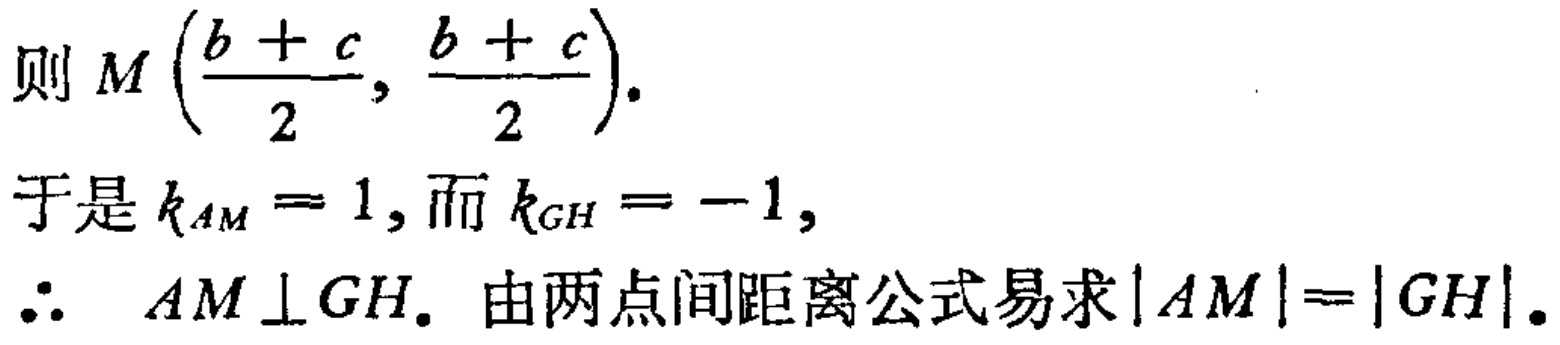
则 \(M \left(\frac{b + c}{2}, \frac{b + c}{2}\right)\).
于是 \(k_{AM} = 1\), 而 \(k_{GH} = -1\),
\(\therefore\) \(AM \perp GH\). 由两点间距离公式易求\(\vert AM\vert=\vert GH\vert\).